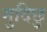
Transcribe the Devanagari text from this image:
मुदिछु